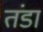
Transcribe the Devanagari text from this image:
तंडा